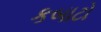
કબાટો